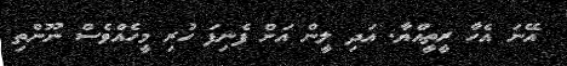
އޭނަ އެހާ ރީތީއްޔާ. އަދި ލީން އަށް ފެނިފަ ހުރި މީހެއްވެސް ނޫންތި